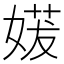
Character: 𫱈